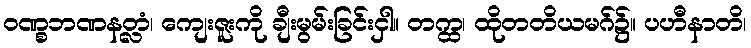
ဝဏ္စဘဏနတ္လံ၊ ကျေးဇူးကို ချီးမွမ်းခြင်းငှါ။ တက္ထ၊ ထိုတတိယမဂ်၌။ ပဟီနာတိ၊